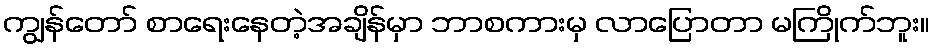
ကျွန်တော် စာရေးနေတဲ့အချိန်မှာ ဘာစကားမှ လာပြောတာ မကြိုက်ဘူး။